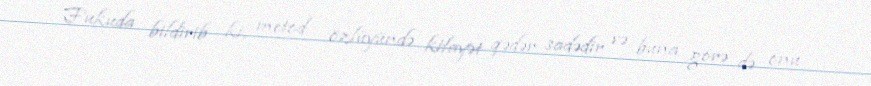
Fukuda bildirib ki, metod özlüyündə kifayət qədər sadədir və buna görə də onu